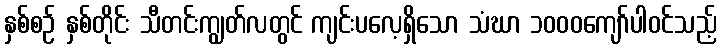
နှစ်စဉ် နှစ်တိုင်း သီတင်းကျွတ်လတွင် ကျင်းပလေ့ရှိသော သံဃာ ၁၀၀၀ကျော်ပါဝင်သည့်